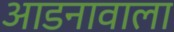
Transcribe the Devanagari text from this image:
आडनावाला